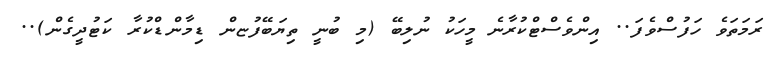
ރަމަތަވެ ހަފުސްވެފަ.. އިންވެސްޓްކުރާނެ މީހަކު ނުލިބޭ (މި ބުނީ ތިޔަބޭފުޏން ޑިމާންޑްކުރާ ކަޓުދީގެން)..